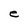
Character: e